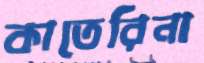
কাতেরিনা